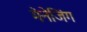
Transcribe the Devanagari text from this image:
मेनेजिंग